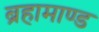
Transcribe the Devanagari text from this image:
ब्रहामाण्ड